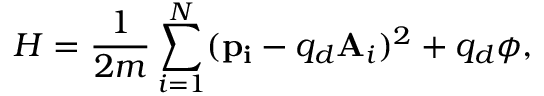
H = \frac { 1 } { 2 m } \sum _ { i = 1 } ^ { N } ( \mathbf { p _ { i } } - q _ { d } \mathbf { A } _ { i } ) ^ { 2 } + q _ { d } \phi ,